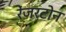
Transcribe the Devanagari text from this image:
रेंजरटोन